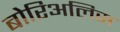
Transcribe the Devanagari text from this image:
बोरिअलिस